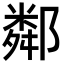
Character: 鄰